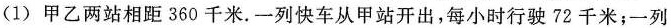
(1) 甲乙两站相距 360 千米. 一列快车从甲站开出，每小时行驶 72 千米；一列